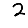
Digit: 2